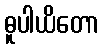
ဓူပါယိတော